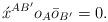
LaTeX: \begin{align*}\acute{x}^{AB'}o_A\bar{o}_{B'}=0.\end{align*}